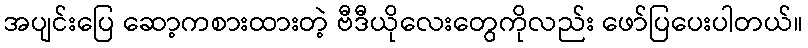
အပျင်းပြေ ဆော့ကစားထားတဲ့ ဗီဒီယိုလေးတွေကိုလည်း ဖော်ပြပေးပါတယ်။